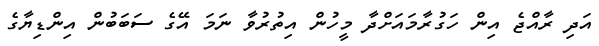
އަދި ރާއްޖެ އިން ހަގުރާމައަށްދާ މީހުން އިތުރުވާ ނަމަ އޭގެ ސަބަބުން އިންޑިޔާގެ